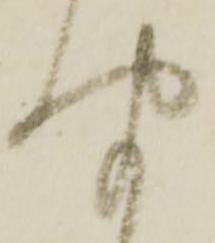
聞